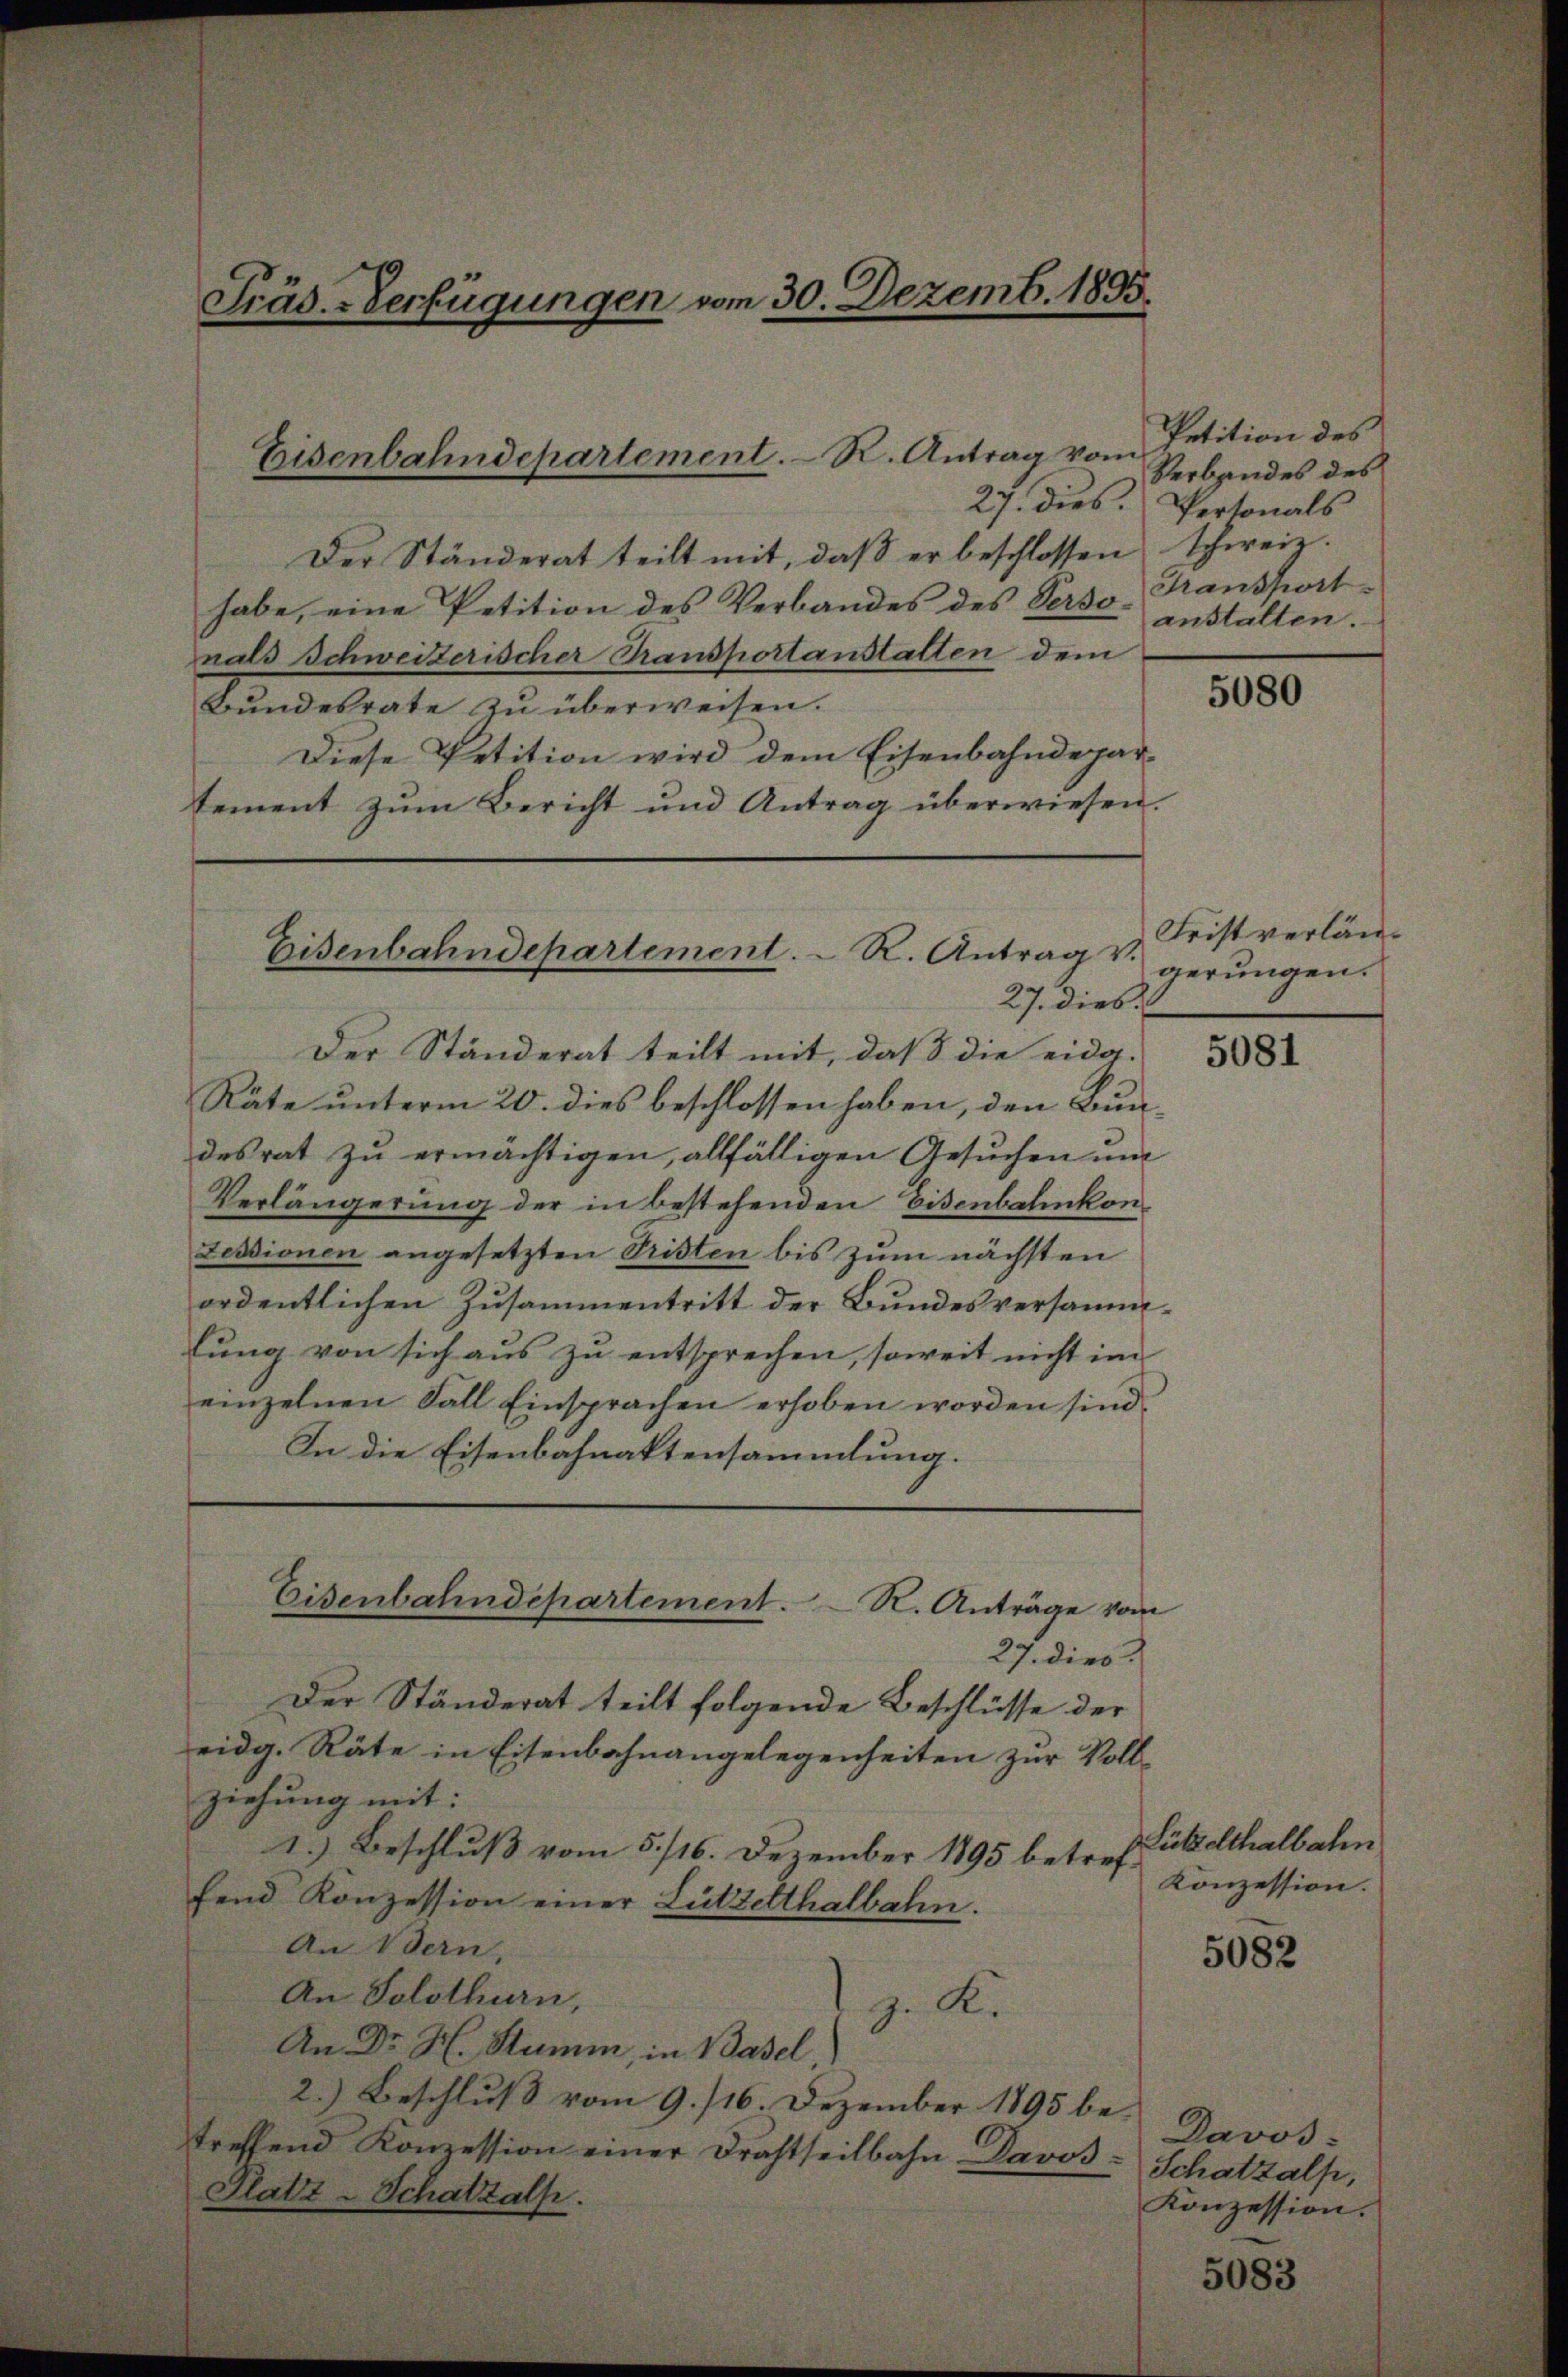
Der Ständerat teilt mit, daβ er beschlossen schweiz.
habe, eine Petition des Verbandes des Perso-Transportnals Schweizerischer Transportanstatten dem
Bundesrate zu überweisen.
Diese Petition wird dem Eisenbahndepartement zŭm Bericht und Antrag überwiesen.

Präs. Verfügungen vom 30. Dezemb. 1895.

Eisenbahndepartement. R. Antrag vom

Eisenbahndepartement. R. Antrag v.

Eisenbahndepartement. R. Anträge vom

27. dies
Der Ständerat teilt mit, daß die eidg. 384
Räte unterm 20. dies beschlossen haben, den Bundesrat zu ermächtigen, allfälligen Gesuchen un
Verlängerung der in bestehenden Eisenbahnkon¬
Zessionen angesetzten Pristen bis zum nächsten
ordentlichen Zusammentritt der Bundesversammlung von sich aus zu entsprechen, soweit nicht im
einzelnen Fall Einsprachen erhoben worden sind.
In die Eisenbahnaktensammlung.
27. dies
Der Ständerat teilt folgende Beschlüsse der
eidg. Räte in Eisenbahnangelegenheiten zur Vollziehung mit:
1.) Beschluß vom 5. 116. Dezember 1895 betref Füttelthalbahn
fend Konzession einer Lützetthalbahn.
An Bern,
An Solothurn,
z. K.
An Dr. H. Stumm, in Basel
2.) Beschluß vom 9. 116. Dezember 1895 be-
treffend Konzession einer Drahtseitbahn. Davos- Schatzalp,
Platz-Schatzals.

Petition des
Verbandes des
27. dies. Pertonals
anstalten.

5080

Frist verlängerungen.

Konzession.

5082

Davos:
Konzession.

5083